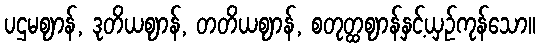
ပဌမဈာန်, ဒုတိယဈာန်, တတိယဈာန်, စတုတ္ထဈာန်နှင့်ယှဉ်ကုန်သော။